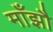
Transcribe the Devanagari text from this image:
माँझौ